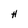
Character: H